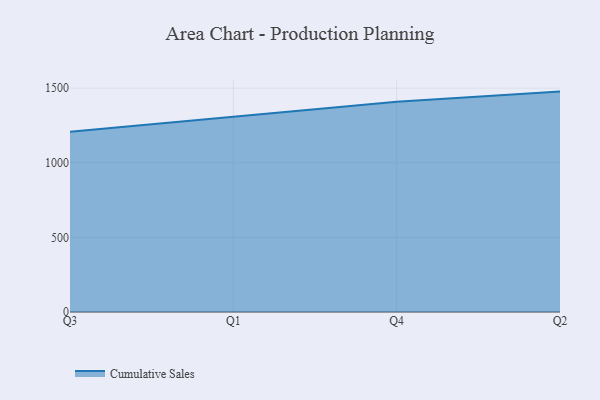
{"axis": {"x": "Quarter", "y": "Operating Costs (USD K)"}, "legend": ["Cumulative Sales"], "data": [{"x": "Q3", "y": 1207.8, "type": "Cumulative Sales"}, {"x": "Q1", "y": 1310.0, "type": "Cumulative Sales"}, {"x": "Q4", "y": 1408.9, "type": "Cumulative Sales"}, {"x": "Q2", "y": 1476.6, "type": "Cumulative Sales"}]}